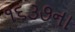
૧૬૩૭ના